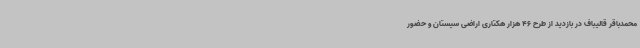
محمدباقر قالیباف در بازدید از طرح 46 هزار هکتاری اراضی سیستان و حضور